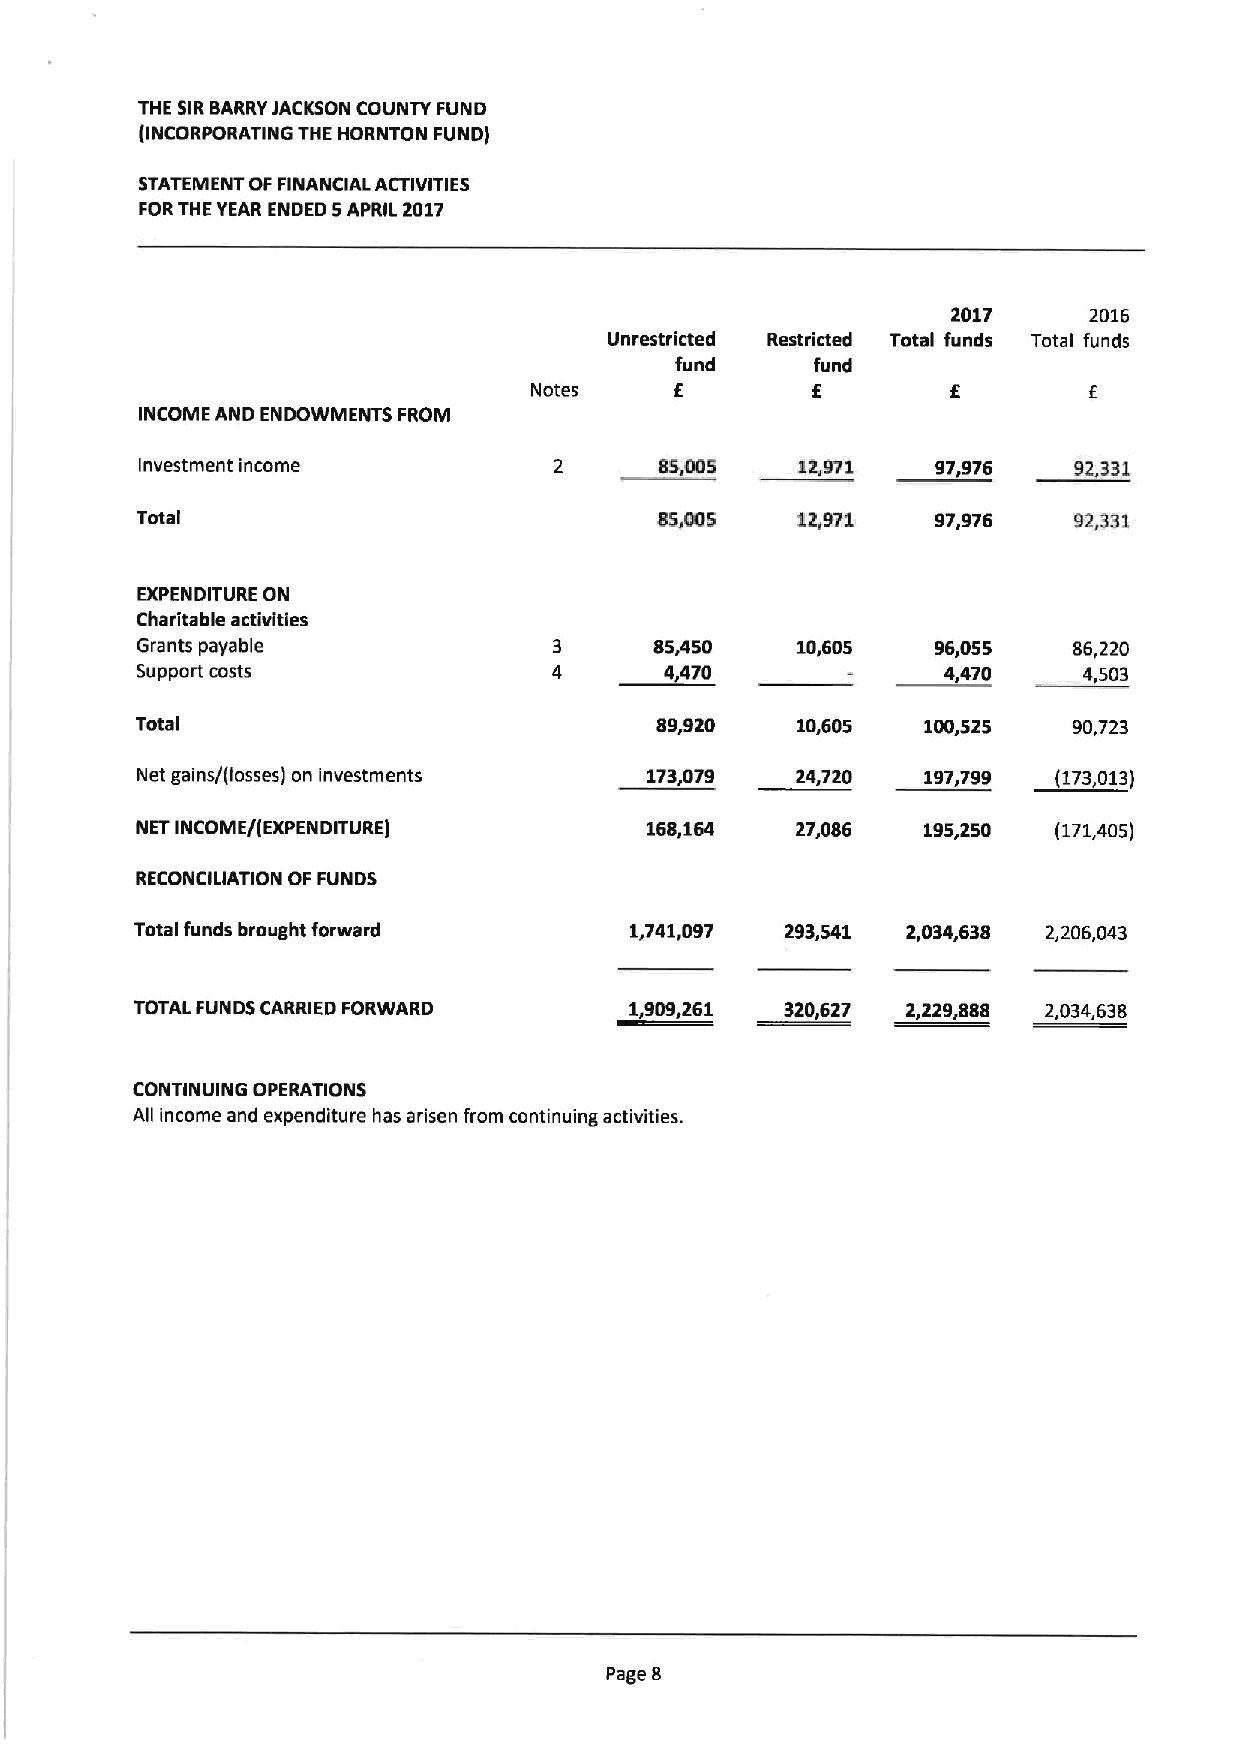
THE SIRBARRYJACKSON COUNTY FUND
 (INCORPORATING THE HORNTON FUND)
 STATEMENT OF FINANCIAL ACTIVITIES
 FORTHE YEAR ENDED 5APRIL 2017
 2017     2016
 Unrestricted Restricted Total funds Total funds
 fund     fund
 f
 Notes     E        E                 E
 INCOME AND ENDOWMENTS FROM
 Investment income           2      BS,005   12,971   97,976   92,331
 Total                             85,005    12,971   97,976   92,331
 EXPENDITURE ON
 Charitable activities
 Grants payable                    85,450    10,605   96,055   86,220
 Support costs                      4,470              4,470    4,503
 Total                             89,920    10,605  100,525   90,723
 Net gains/(losses) on investments 173,079   24,720  197,799  (173,013)
 NET INCOME/(EXPENDITURE)          168,164   27,086  195,250  (171,405)
 RECONCILIATION OF FUNDS
 Total funds brought forward      1~741~097 293541  2034~638 2 206043
 j.
 TOTAL FUNDS CARRIED FORWARD       909.261  320,627 2,229,888 2,034,638
 CONTINUING OPERATIONS
 All income and expenditure has arisen from continuing activities.
 Page 8